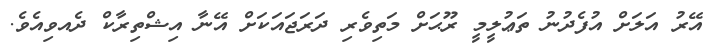
އޭރު އަލަށް އުފެދުނު ތަޢުލީމީ ރޫޙަށް މަތިވެރި ދަރަޖައަކަށް އޭނާ އިޝްތިރާކް ދެއވިއެވެ.